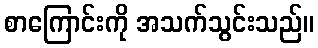
စာကြောင်းကို အသက်သွင်းသည်။